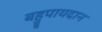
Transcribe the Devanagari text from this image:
बहुपायदान